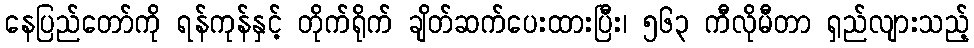
နေပြည်တော်ကို ရန်ကုန်နှင့် တိုက်ရိုက် ချိတ်ဆက်ပေးထားပြီး၊ ၅၆၃ ကီလိုမီတာ ရှည်လျားသည့်